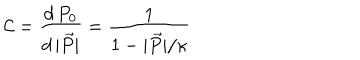
{ \cal C } = \frac { d \, P _ { 0 } } { d \, | \vec { P } | } = \frac { 1 } { 1 - | \vec { P } | / \kappa }